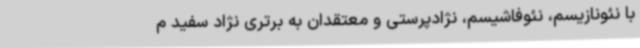
با نئونازیسم، نئوفاشیسم، نژادپرستی و معتقدان به برتری نژاد سفید م